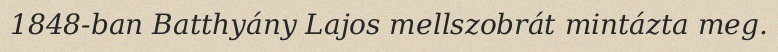
1848-ban Batthyány Lajos mellszobrát mintázta meg.